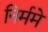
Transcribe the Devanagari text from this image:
निर्ममे